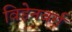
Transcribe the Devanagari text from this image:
विहेनबर्ग